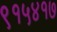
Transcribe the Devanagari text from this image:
९१५४१७